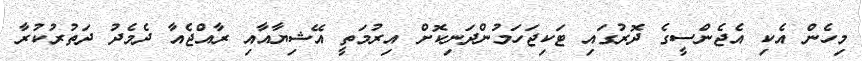
މިހެން އެކި އެޖެންސީގެ ދޮރުގައި ޓަކިޖަހަމުންދަނިކޮށް އިރުމަތީ އޭޝިޔާއާއި ރާއްޖެއާ ދެމެދު ދަތުރުކުރާ